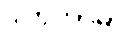
ဒါတုကာမာ